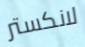
لانكستر